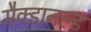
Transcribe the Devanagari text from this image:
मैक्डानल्ड